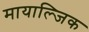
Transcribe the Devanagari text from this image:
मायाल्जिक